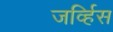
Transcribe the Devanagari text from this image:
जर्व्हिस